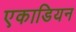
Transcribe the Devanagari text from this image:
एकाडियन